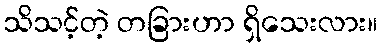
သိသင့်တဲ့ တခြားဟာ ရှိသေးလား။